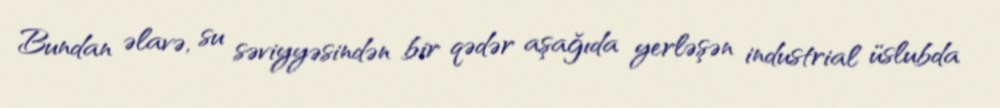
Bundan əlavə, su səviyyəsindən bir qədər aşağıda yerləşən industrial üslubda